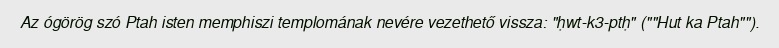
Az ógörög szó Ptah isten memphiszi templomának nevére vezethető vissza: "ḥwt-k3-ptḥ" (""Hut ka Ptah"").